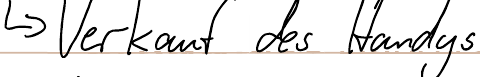
-> Verkauf des Handys